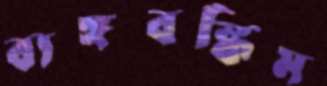
ব্যঙ্গবঙ্কিম